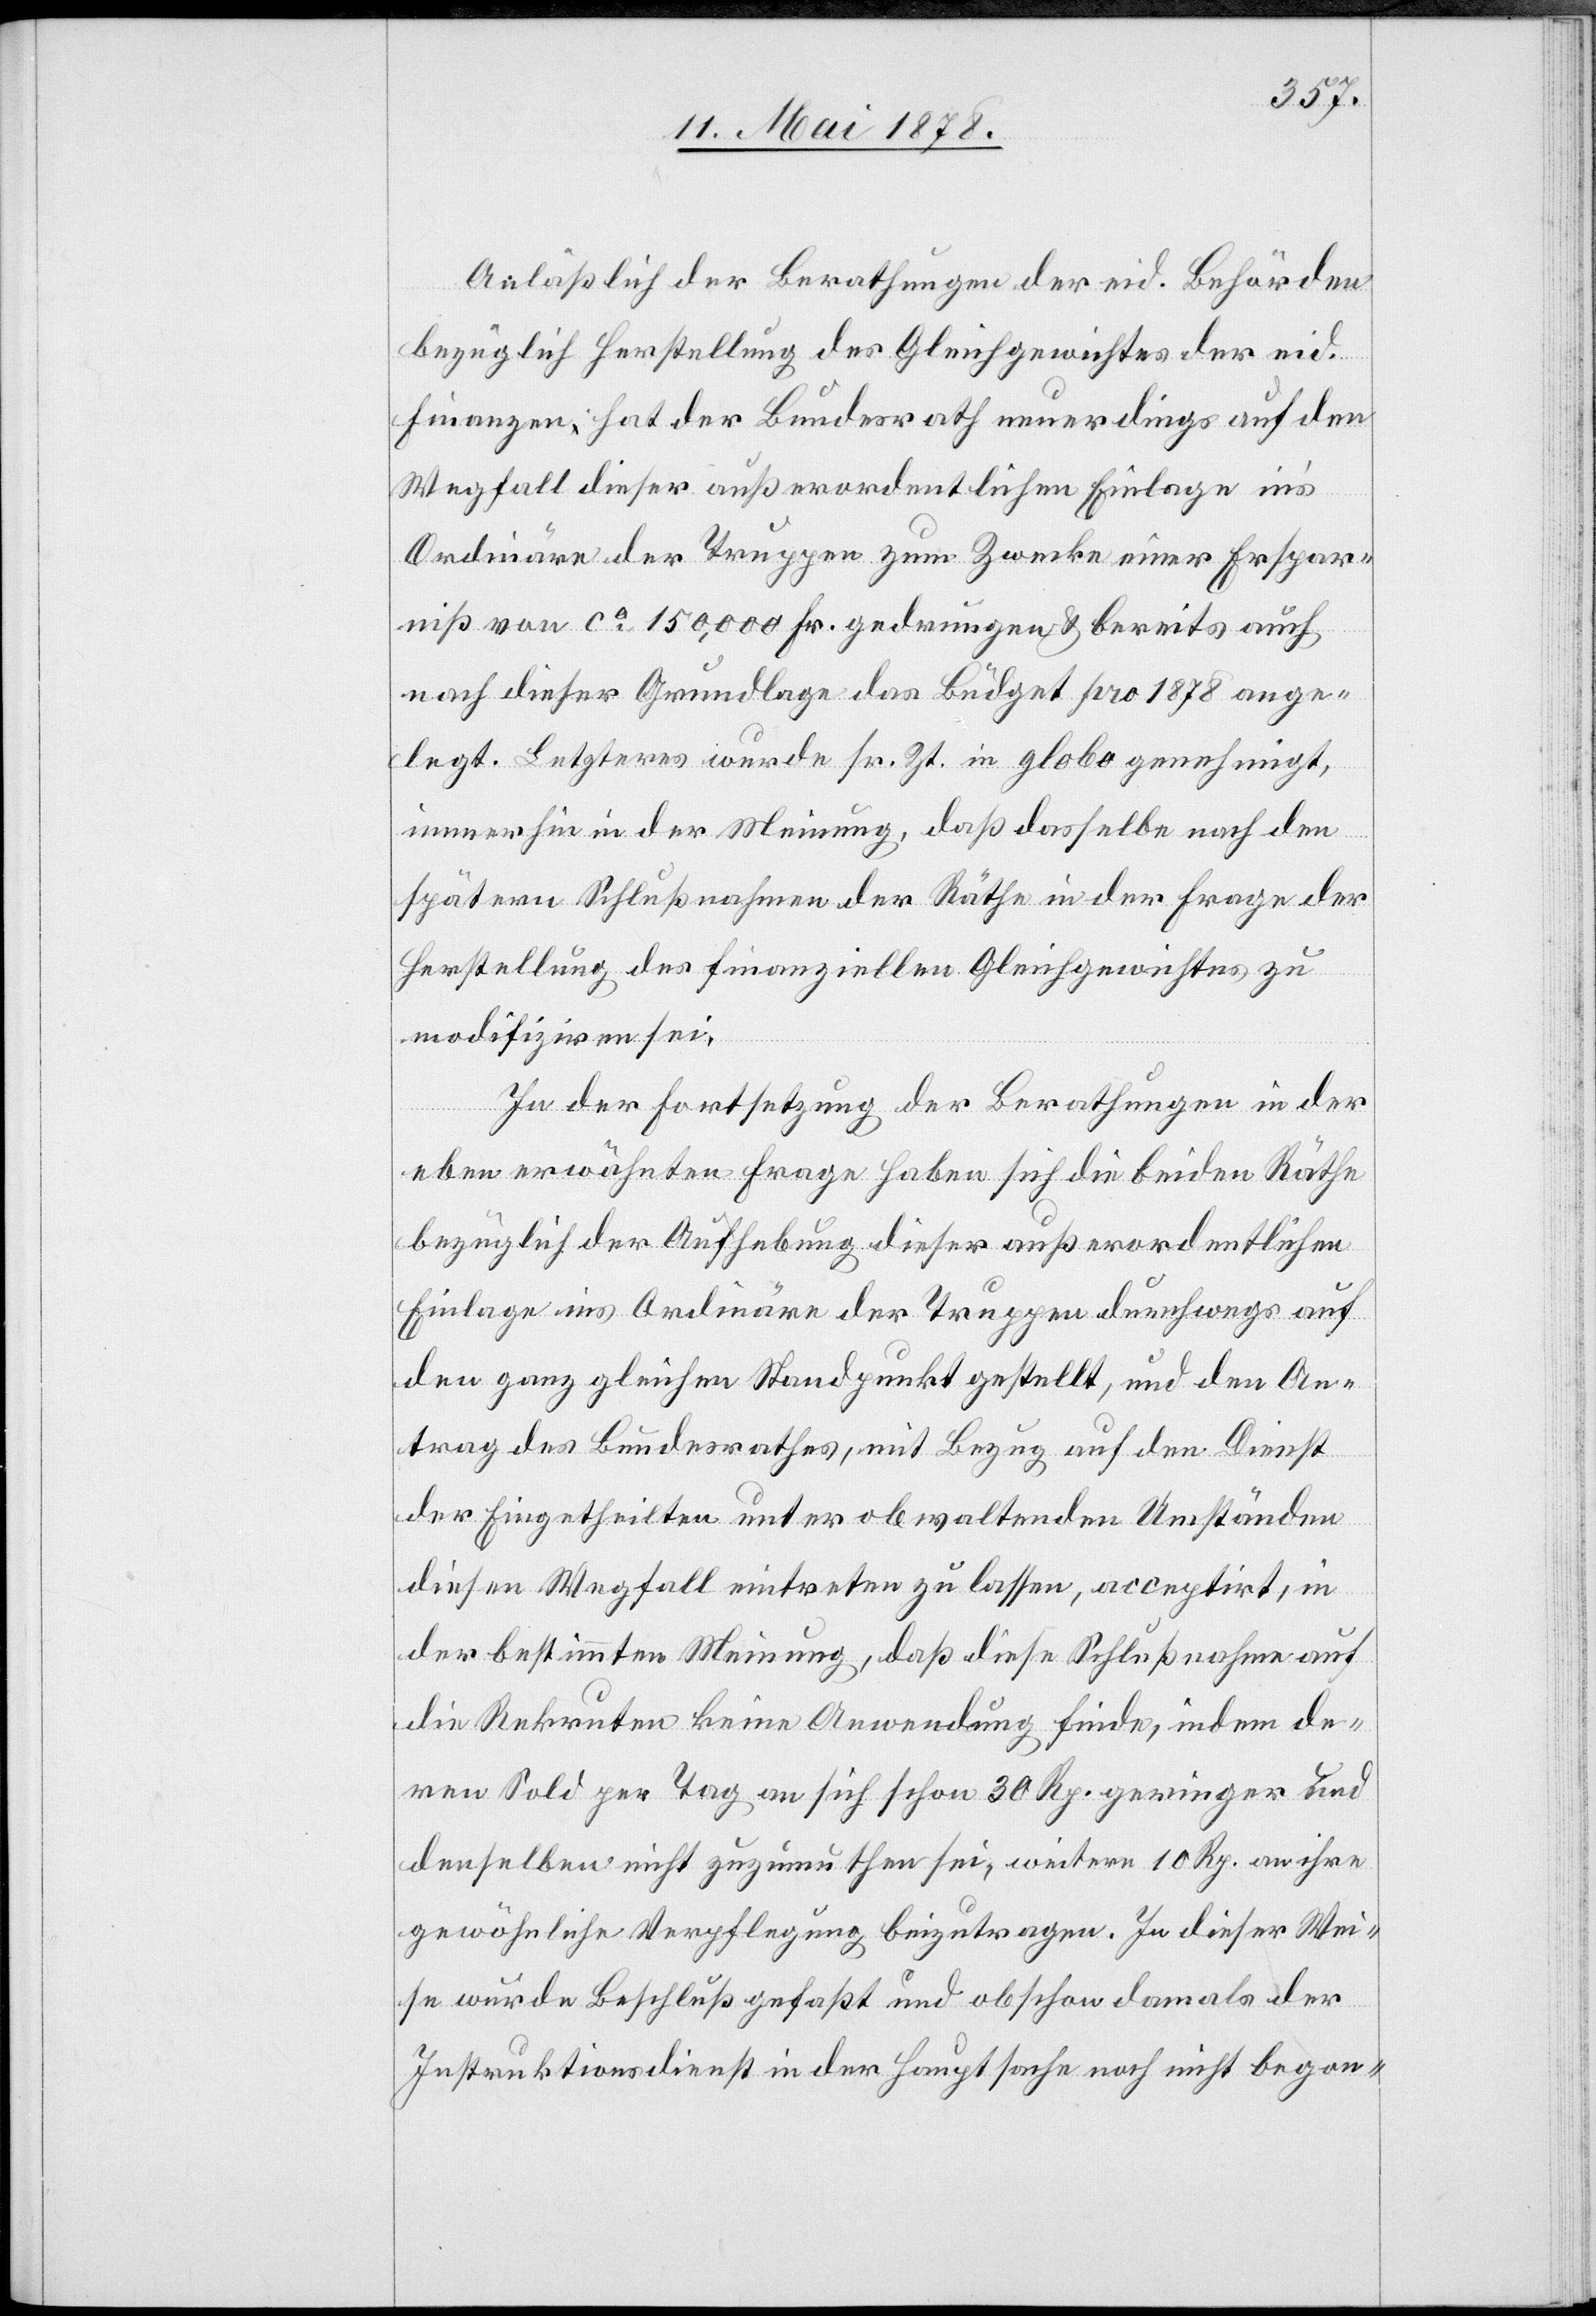
Anläßlich der Berathungen der eid. Behörden
bezüglich Herstellung des Gleichgewichtes der eid.
Finanzen hat der Bundesrath neuerdings auf den
Wegfall dieser außerordentlichen Einlage in’s
Ordinäre der Truppen zum Zwecke einer Erspar¬
niß von ca 150,000 Fr. gedrungen & bereits auch
nach dieser Grundlage das Büdget pro 1878 ange¬
legt. Letzteres wurde sr. Zt. in globo genehmigt,
immerhin in der Meinung, daß dasselbe nach den
spätern Schlußnahmen der Räthe in der Frage der
Herstellung des finanziellen Gleichgewichtes zu
modifiziren sei.
In der Fortsetzung der Berathungen in der
eben erwähnten Frage haben sich die beiden Räthe
bezüglich der Aufhebung dieser außerordentlichen
Einlage ins Ordinäre der Truppen durchwegs auf
den ganz gleichen Standpunkt gestellt, und den An¬
trag des Bundesrathes, mit Bezug auf den Dienst
der Eingetheilten unter obwaltenden Umständen
diesen Wegfall eintreten zu lassen, acceptirt, in
der bestimmten Meinung, daß diese Schlußnahme auf
die Rekurrenten keine Anwendung finde, indem de¬
ren Sold per Tag an sich schon 30 Rp. geringer und
denselben nicht zuzumuthen sei, weitere 10 Rp. an ihre
gewöhnliche Verpflegung beizutragen. In dieser Wei¬
se wurde Beschluß gefaßt und obschon damals der
Instruktionsdienst in der Hauptsache noch nicht begon-